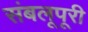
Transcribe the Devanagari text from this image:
संबलूपूरी